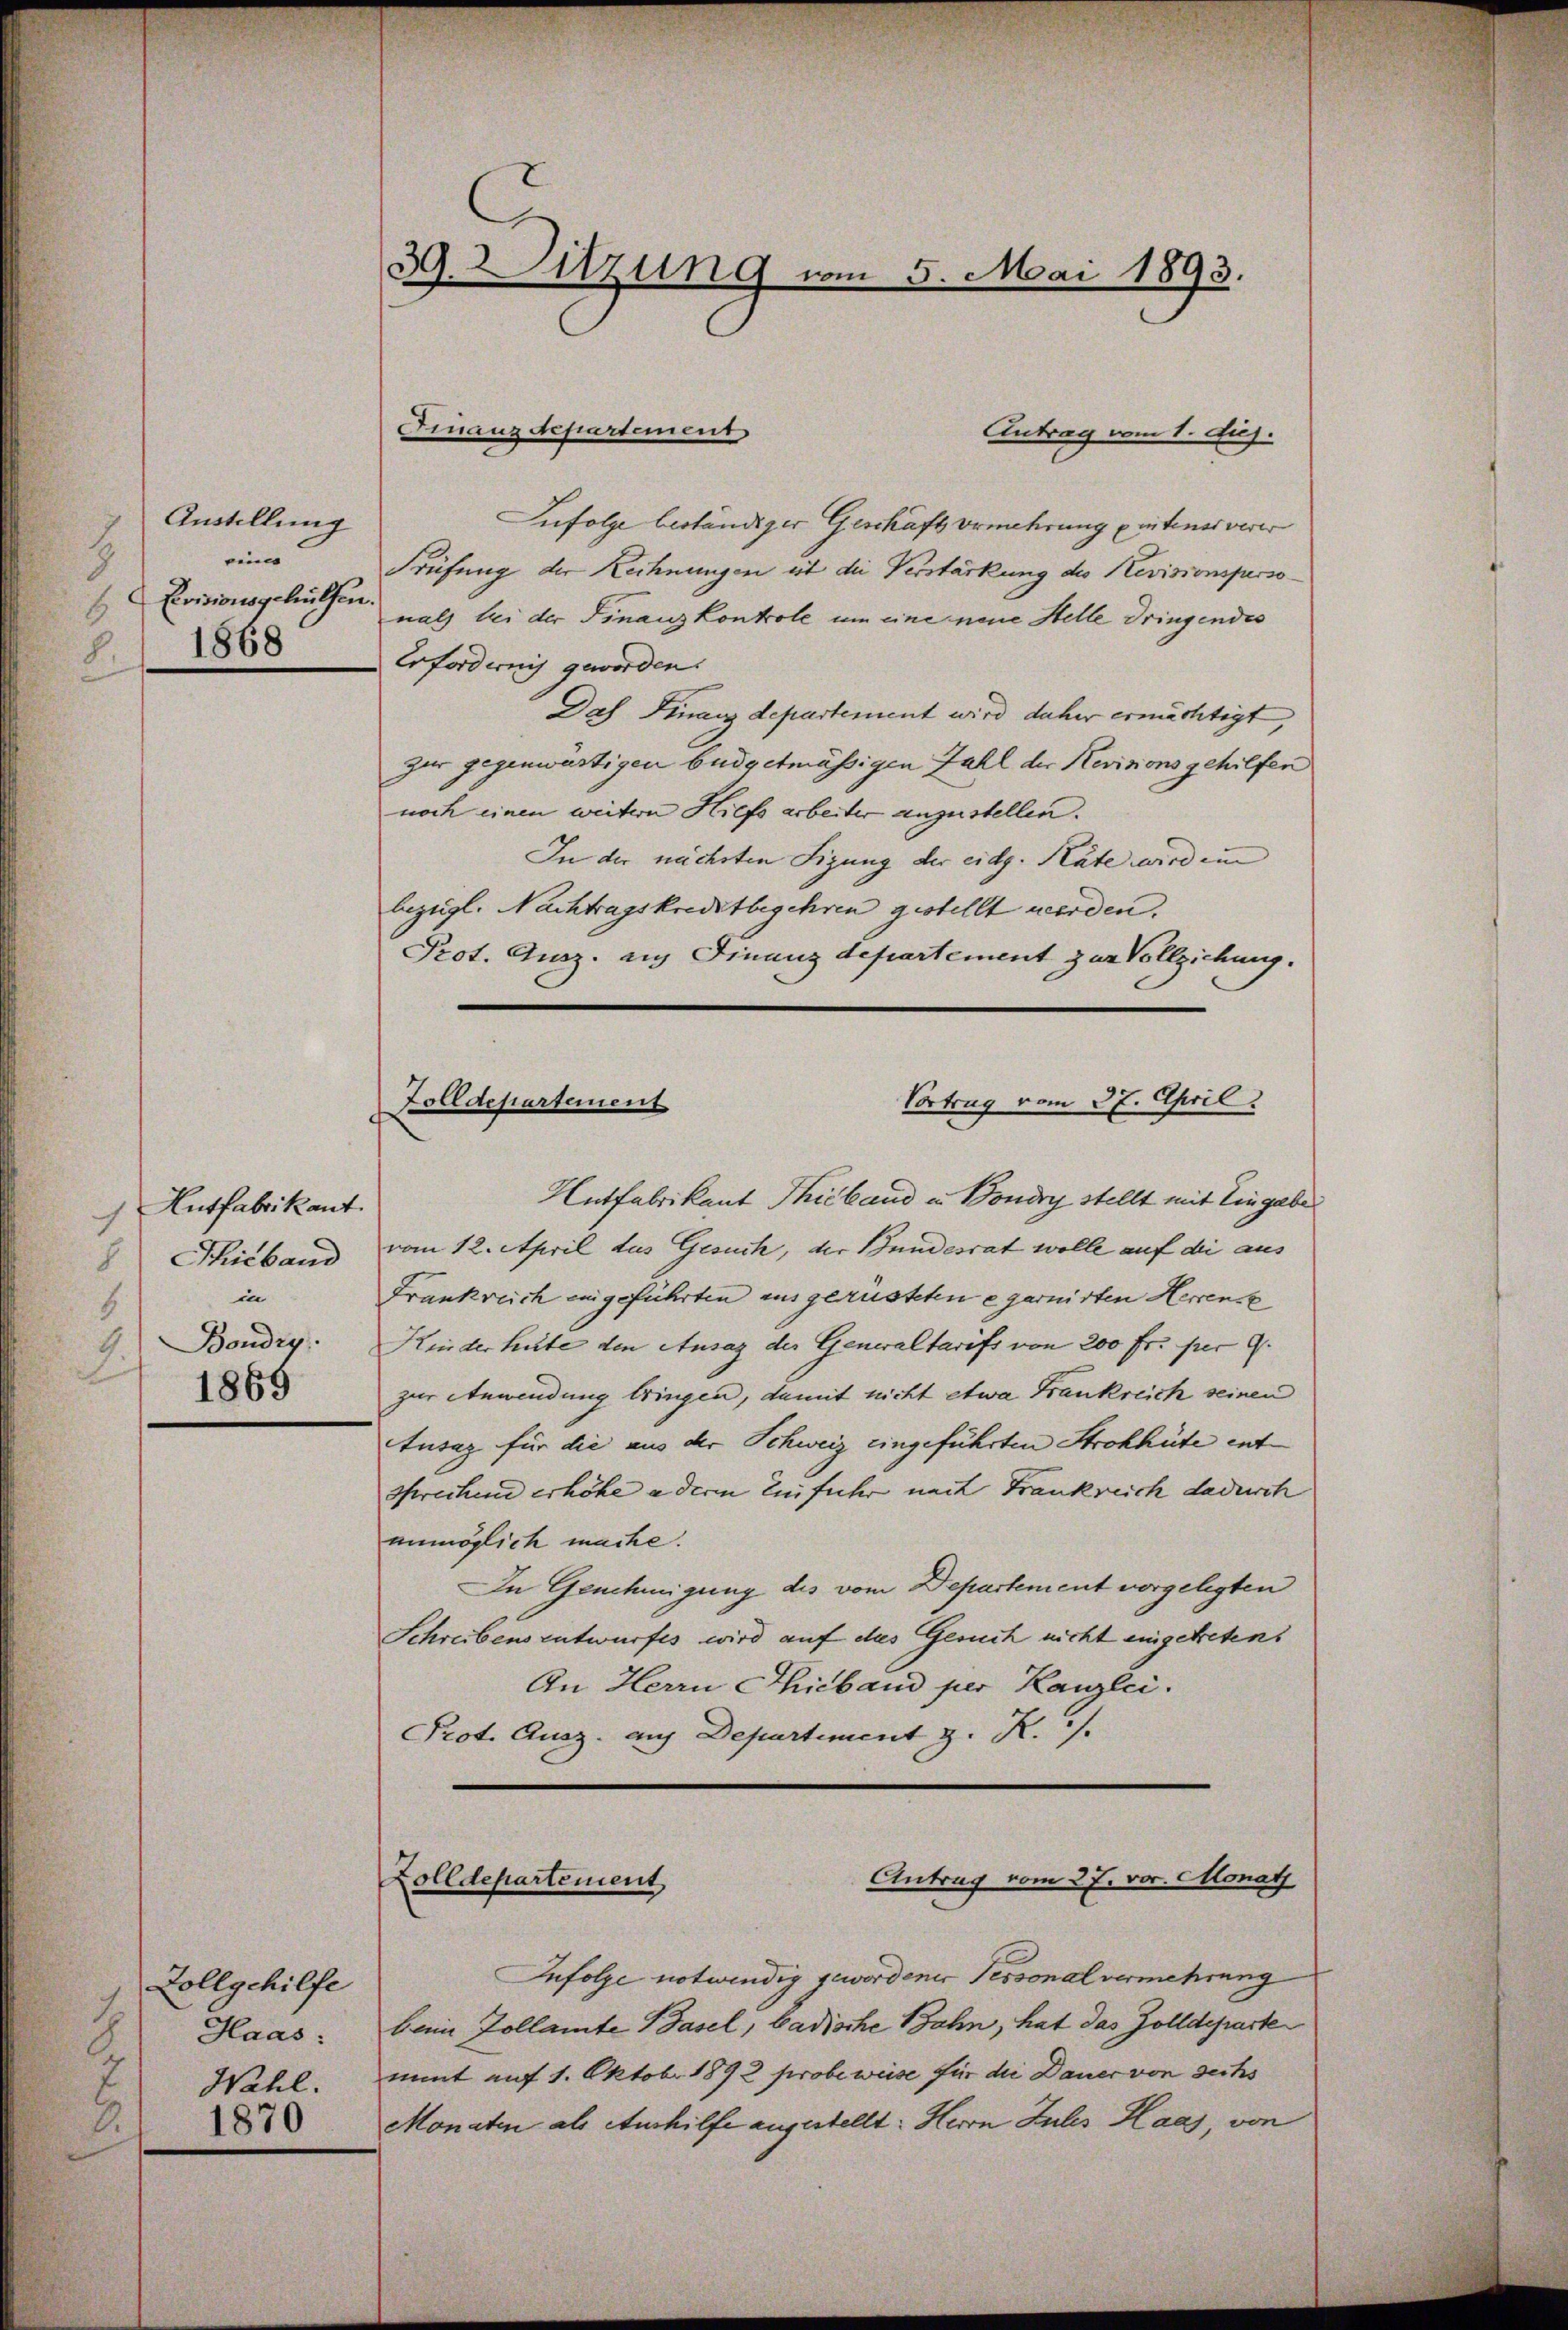
Austellung
eine
8
Evisionsgehülfen.
1868
8

Entfabrikant.
8 Thieband
in
4
4 Boudry
1869

Zollgehilfe
1
Haas:
Wahl.
2
1870

39. Sitzung vom 5. Mai 1893.

Finanzdepartement
Antrag vom 1. Juj.
Infolge beständiger Geschaft Breiterung eintener verer
Früfung der Rechnungen ist die Verstärkung des Revisionspersonath bei der Finanzkontrole um eine neue Stelle dringendes
Erforderung geworden.
Das Finanzdepartement wird daher ermächtigt,
zur gegenwärtigen büdgetmässigen Zahl der Revisions gehilfen
noch einen weitern Hiefs arbeiter anzustellen.
In der nächsten Figung der eidg. Räte wird ein
bezügl. Nachtragskreistbegehren gestellt werden.
Prot. Ausz. auf Finanzdepartement zur Vollziehung.
Vortrug vom 31. April.
Zolldepartement
Antfabrikant Thiband in Bondry stellt mit Eingabe
vom 12. April das Gesuch, der Bundesrat wolle auf die aus
Frankreich eingeführten ausgerüsteten egarnirten Herrenz
Kinder hüte den Ansag der Generaltarifs von 200 fr. per 9.
zur Anwendung bringen, damit nicht etwa Frankreich seinen
tusaz für die aus der Schweiz eingeführten Strohhüte entsprechend erhöhe adere Einfuhr nach Frankreich dadurch
unmöglich mache.
In Genehmigung des vom Departement vorgelegten
Schreibens entwurfes wird auf das Gesuch nicht eingetreten.
An Herrn Thieband per Kanzlei.
Prot. Ausz. auf Departiment z. R./.

Antrag vom 27. vor. Monat
Zolldepartement

Infolge notwendig gewordener Tessonalvermehrung
bein Zollamte Basel, badische Bahn, hat das Zolldeparte
nmnt auf 1. Oktobr. 1892 probe weise für die Dauer von sechs
Monaten als Aushilfe angestellt: Herrn Julis Haas, von